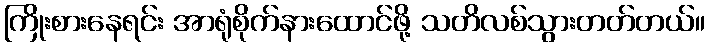
ကြိုးစားနေရင်း အာရုံစိုက်နားထောင်ဖို့ သတိလစ်သွားတတ်တယ်။